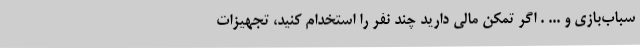
سباب‌بازی و ... . اگر تمکن مالی دارید چند نفر را استخدام کنید، تجهیزات